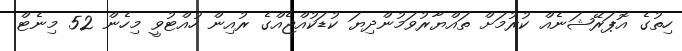
ހިތުގެ އޮޕަރޭޝަނެއް ކުރުމަށް ތައްޔާރުވަމުންދިޔަ ކުޑަކުއްޖެއްގެ ރުއިން ހުއްޓުވީ މިހެން 52 މިނެޓް